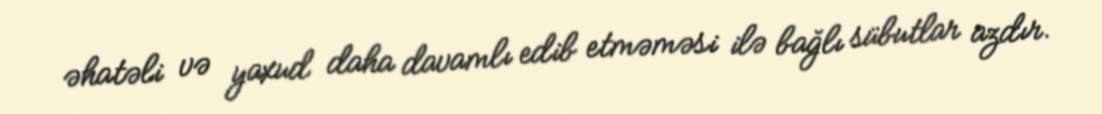
əhatəli və yaxud daha davamlı edib etməməsi ilə bağlı sübutlar azdır.